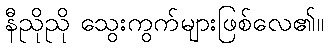
နီညိုညို သွေးကွက်များဖြစ်လေ၏။